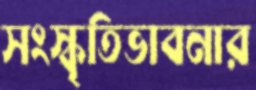
সংস্কৃতিভাবনার